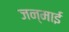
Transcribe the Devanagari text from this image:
जन्माई